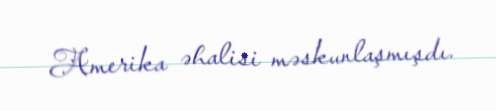
Amerika əhalisi məskunlaşmışdı.